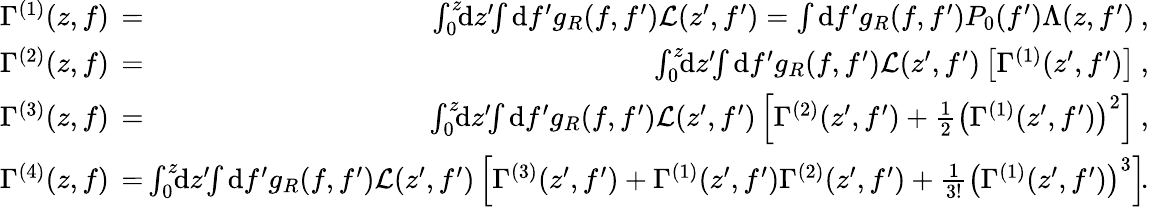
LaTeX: \begin{array}{rlr}{\Gamma^{(1)}(z,f)\! \! \! \! \! }&{{}=}&{\! \! \! \! \! \int_{0}^{z}\! \! \mathrm{d}z^{\prime}\! \! \int\mathrm{d}f^{\prime}g_{R}(f,f^{\prime})\mathcal{L}(z^{\prime},f^{\prime})=\int\mathrm{d}f^{\prime}g_{R}(f,f^{\prime})P_{0}(f^{\prime})\Lambda(z,f^{\prime})\: ,}\\ {\Gamma^{(2)}(z,f)\! \! \! \! \! }&{{}=}&{\! \! \! \! \! \int_{0}^{z}\! \! \mathrm{d}z^{\prime}\! \! \int\mathrm{d}f^{\prime}g_{R}(f,f^{\prime})\mathcal{L}(z^{\prime},f^{\prime})\left[\Gamma^{(1)}(z^{\prime},f^{\prime})\right]\: ,}\\ {\Gamma^{(3)}(z,f)\! \! \! \! \! }&{{}=}&{\! \! \! \! \! \int_{0}^{z}\! \! \mathrm{d}z^{\prime}\! \! \int\mathrm{d}f^{\prime}g_{R}(f,f^{\prime})\mathcal{L}(z^{\prime},f^{\prime})\left[\Gamma^{(2)}(z^{\prime},f^{\prime})+\frac{1}{2}\left(\Gamma^{(1)}(z^{\prime},f^{\prime})\right)^{2}\right]\: ,}\\ {\Gamma^{(4)}(z,f)\! \! \! \! \! }&{{}=}&{\! \! \! \! \! \int_{0}^{z}\! \! \mathrm{d}z^{\prime}\! \! \int\mathrm{d}f^{\prime}g_{R}(f,f^{\prime})\mathcal{L}(z^{\prime},f^{\prime})\left[\Gamma^{(3)}(z^{\prime},f^{\prime})+\Gamma^{(1)}(z^{\prime},f^{\prime})\Gamma^{(2)}(z^{\prime},f^{\prime})+\frac{1}{3!}\left(\Gamma^{(1)}(z^{\prime},f^{\prime})\right)^{3}\right]\! .}\end{array}